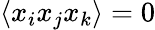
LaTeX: \langle x_{i}x_{j}x_{k}\rangle=0